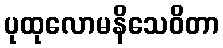
ပုထုလောမနိသေဝိတာ